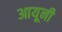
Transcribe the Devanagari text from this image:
आयूनी